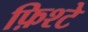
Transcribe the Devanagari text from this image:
फ़िश्टे